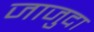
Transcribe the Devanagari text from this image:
जाजुदा